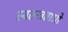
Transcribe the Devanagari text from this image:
स्वतन्त्रताओ